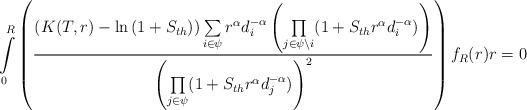
LaTeX: \begin{align*}\int\limits_{0}^{R}\left(\frac{\left(K(T,r)-\ln{(1+S_{th})}\right)\sum\limits_{i\in \psi}r^\alpha d_i^{-\alpha}\left ( \underset{j \in \psi\setminus i}\prod{(1+S_{th} r^\alpha d_i^{-\alpha}})\right)}{\left(\underset{j \in \psi}\prod{(1+S_{th} r^\alpha d_j^{-\alpha})}\right)^2}\right)f_R(r)r=0\end{align*}